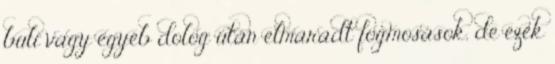
buli vagy egyéb dolog után elmaradt fogmosások, de ezek